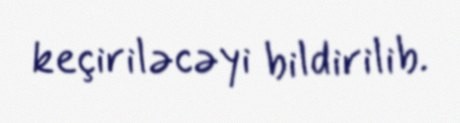
keçiriləcəyi bildirilib.